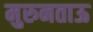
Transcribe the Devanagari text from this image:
मुरुनताऊ